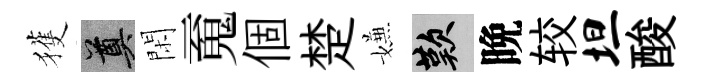
獲奠閑䰟個楚嫌嘆晩较坦酸